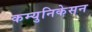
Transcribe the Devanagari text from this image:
कम्युनिकेसन